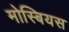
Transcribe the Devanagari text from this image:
मोस्बियस